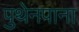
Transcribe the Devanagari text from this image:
पुथेनपाना